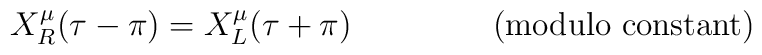
X^\mu_R(\tau-\pi)=X^\mu_L(\tau+\pi) \mathrm{~~~~~~~~~~~~~ (modulo ~  constant)}